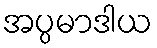
အပ္ပမာဒါယ